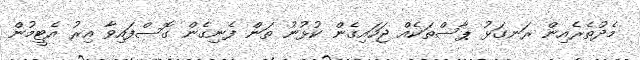
މެދުތެރެއިން ރަނގަޅު ޕާސްތަކެއް ޖަހައިގެން ކުޅުނު ތަން ފެނިގެން ގޮސްފައިވާ އިރު އެޓީމުން